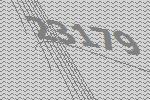
23179